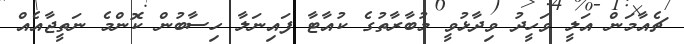
ޗެއާމަން އަލީ ވަހީދު ވިދާޅުވީ މުބާރާތުގެ ކުއާޓާ ފައިނަލާ ހިސާބުން ކޮންމެ ނަތީޖާއެއް